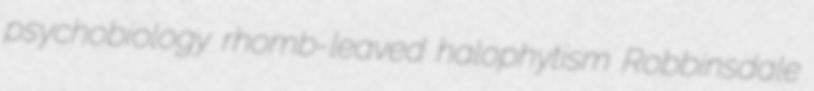
psychobiology rhomb-leaved halophytism Robbinsdale